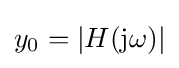
y_{0}=|H(\mathrm {j} \omega )|